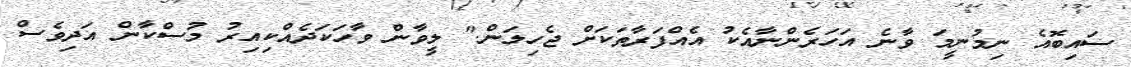
ސައިބޮއެ ނިމުނީމަ ވާނެ އަހަރެންނާއެކު އެއްފަރާތަކަށް ޖެހިލަން." ލީވާން ވާހަކަދެއްކިއިރު މުސްކާން އަދިވެސް